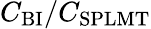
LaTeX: C_{\mathrm{BI}}/C_{\mathrm{SPLMT}}